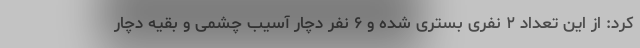
کرد: از این تعداد ۲ نفری بستری شده و ۶ نفر دچار آسیب چشمی و بقیه دچار